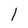
Character: l